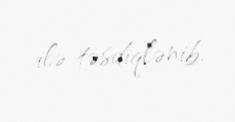
ilə təsdiqlənib.